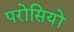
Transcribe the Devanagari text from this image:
परोसियों